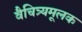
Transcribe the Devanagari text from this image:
वैचित्र्यमूलक